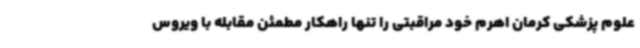
علوم پزشکی کرمان اهرم خود مراقبتی را تنها راهکار مطمئن مقابله با ویروس